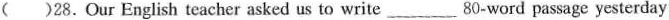
( )28.Our English teacher asked us to write___80-word passage yesterday